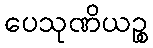
ပေသုဏိယဉ္စ